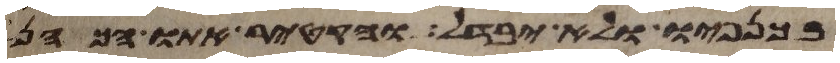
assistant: בכנפיו ולא יבדל והקטיר אתו הכהן